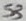
Text: S3